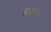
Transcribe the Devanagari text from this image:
बरतना।